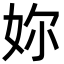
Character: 妳